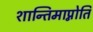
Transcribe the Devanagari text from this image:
शान्तिमाप्नोति